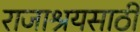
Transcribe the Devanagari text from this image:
राजाश्रयसाठी